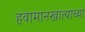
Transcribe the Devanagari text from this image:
हवामानखात्याच्या